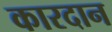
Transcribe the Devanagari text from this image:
कारदान